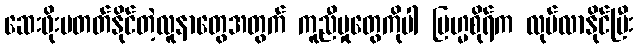
ဆေးဖိုးမတတ်နိုင်တဲ့လူနာတွေအတွက် ကူညီမှုတွေကိုပါ ဗြဟ္မစိုရ်က လုပ်လာနိုင်ပြီး